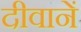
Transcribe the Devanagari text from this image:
दीवानें